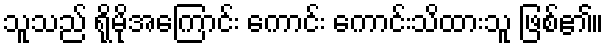
သူသည် ရိုမိုအကြောင်း ကောင်း ကောင်းသိထားသူ ဖြစ်၏။